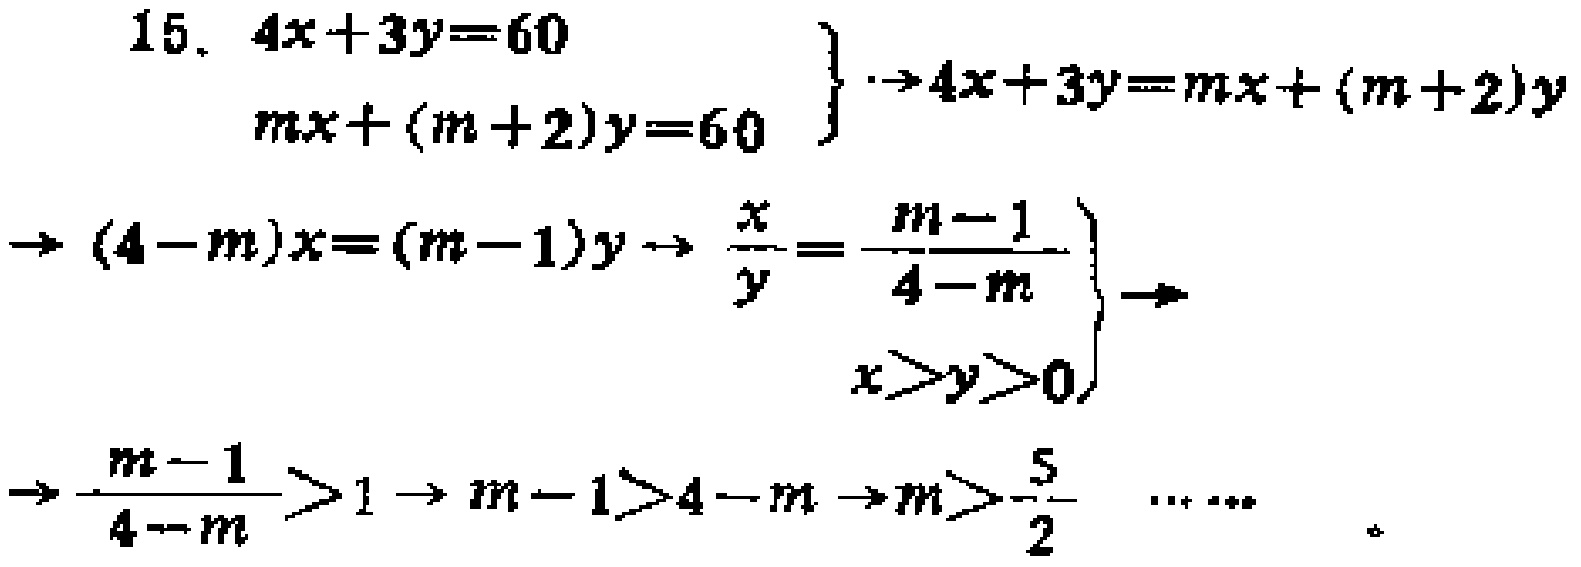
\begin{align*}
&\left.\begin{array}{l}
15.\quad4x + 3y = 60\\
mx+(m + 2)y = 60
\end{array}\right\}\to4x + 3y=mx+(m + 2)y\\
&\to(4 - m)x=(m - 1)y\to\left.\begin{array}{l}
\frac{x}{y}=\frac{m - 1}{4 - m}\\
x>y>0
\end{array}\right\}\to\\
&\to\frac{m - 1}{4 - m}>1\to m - 1>4 - m\to m>\frac{5}{2}\quad\cdots\cdots
\end{align*}